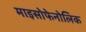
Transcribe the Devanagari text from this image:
माइसोफेनोलिक